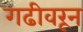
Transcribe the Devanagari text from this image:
गढीवरून